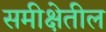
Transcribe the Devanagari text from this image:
समीक्षेतील